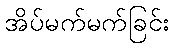
အိပ်မက်မက်ခြင်း